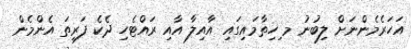
އަހަރެމެންނަށް ލިބުނު މ ިހިތާމައިގައި އާއިލާ އާއި ރައްޓެހި ދެކެ ފަރިތަ އެންމެން